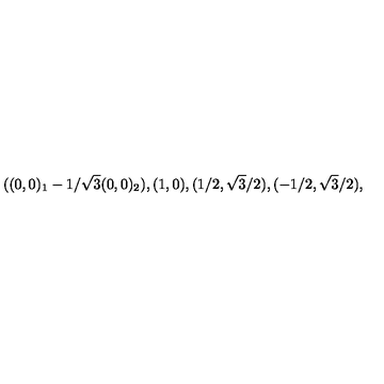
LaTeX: ( ( 0 , 0 ) _ { 1 } - 1 / \sqrt { 3 } ( 0 , 0 ) _ { 2 } ) , ( 1 , 0 ) , ( 1 / 2 , \sqrt { 3 } / 2 ) , ( - 1 / 2 , \sqrt { 3 } / 2 ) ,